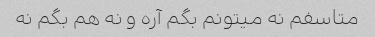
متاسفم نه میتونم بگم آره و نه هم بگم نه